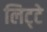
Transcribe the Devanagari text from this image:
लिट्‍टे